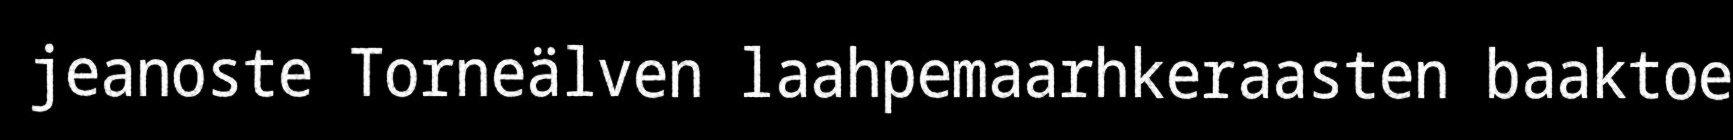
jeanoste Torneälven laahpemaarhkeraasten baaktoe